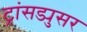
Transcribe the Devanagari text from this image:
ट्रांसड्युसर